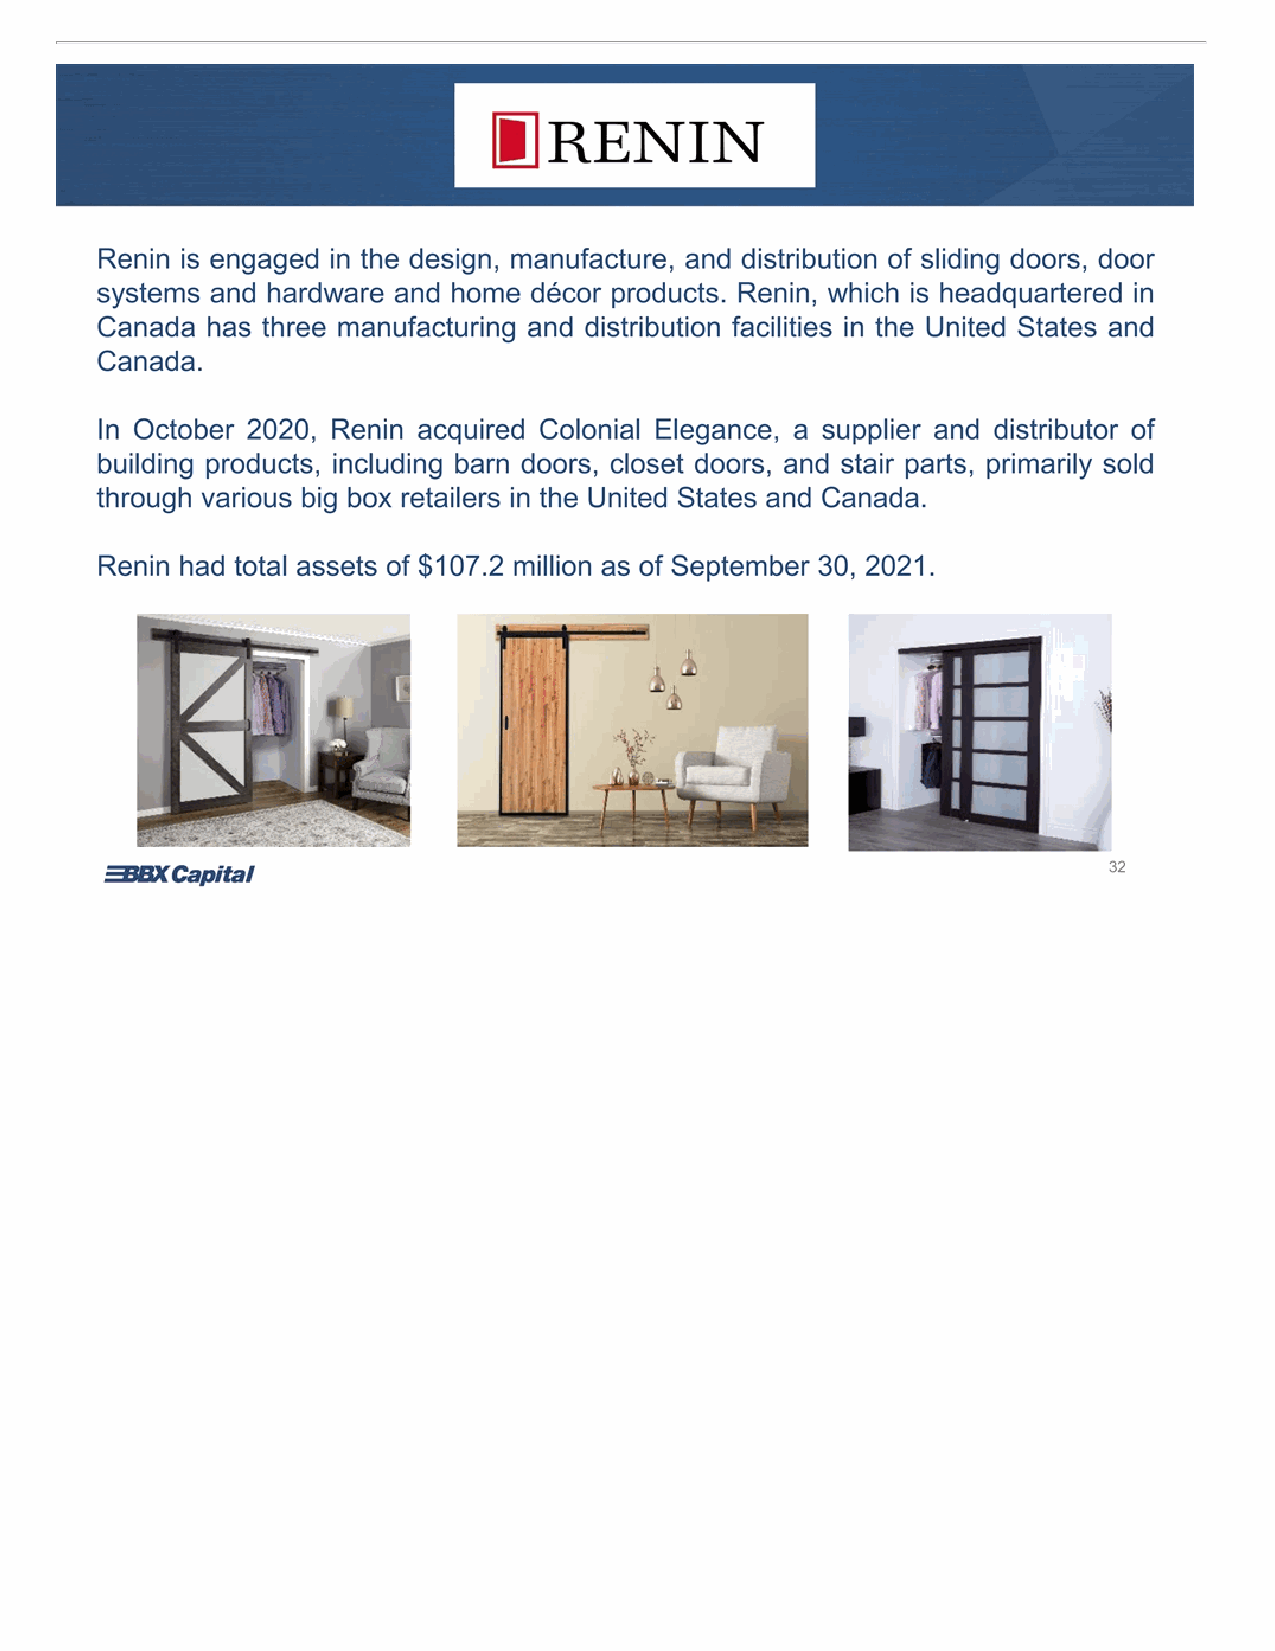
Renin is engaged in the design, manufacture, and distribution of sliding doors, door systems and hardware and home décor products. Renin, which is headquartered in Canada has three manufacturing and distribution facilities in the United States and Canada. In October 2020, Renin acquired Colonial Elegance, a supplier and distributor of building products, including barn doors, closet doors, and stair parts, primarily sold through various big box retailers in the United States and Canada. Renin had total assets of $107.2 million as of September 30, 2021. 32